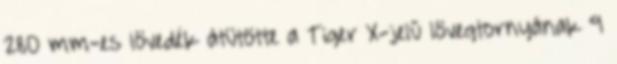
280 mm-es lövedék átütötte a Tiger X-jelű lövegtornyának 9